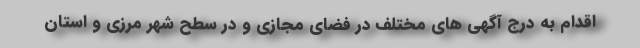
اقدام به درج آگهی های مختلف در فضای مجازی و در سطح شهر مرزی و استان